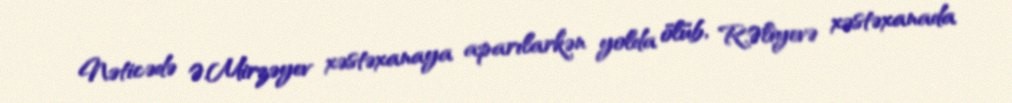
Nəticədə Ə.Mirzəyev xəstəxanaya aparılarkən yolda ölüb, R.Əliyevə xəstəxanada